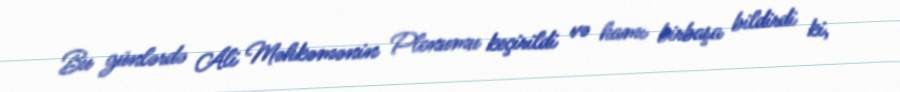
Bu günlərdə Ali Məhkəmənin Plenumu keçirildi və hamı birbaşa bildirdi ki,